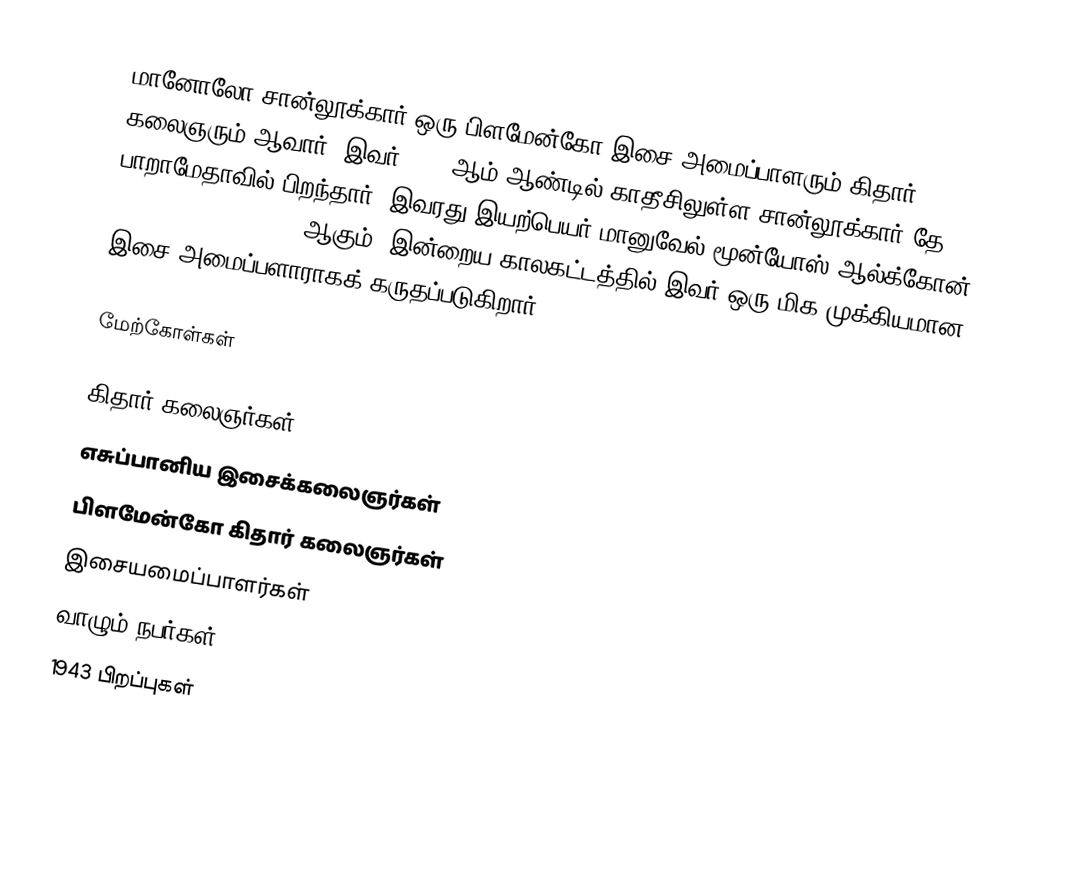
மானோலோ சான்லூக்கார் ஒரு பிளமேன்கோ இசை அமைப்பாளரும் கிதார் கலைஞரும் ஆவார். இவர், 1945ஆம் ஆண்டில் காதீசிலுள்ள சான்லூக்கார் தே பாறாமேதாவில் பிறந்தார். இவரது இயற்பெயர் மானுவேல் மூன்யோஸ் ஆல்க்கோன் (Manuel Muñoz Alcón) ஆகும். இன்றைய காலகட்டத்தில் இவர் ஒரு மிக முக்கியமான இசை அமைப்பளாராகக் கருதப்படுகிறார்.

மேற்கோள்கள்

கிதார் கலைஞர்கள்
எசுப்பானிய இசைக்கலைஞர்கள்
பிளமேன்கோ கிதார் கலைஞர்கள்
இசையமைப்பாளர்கள்
வாழும் நபர்கள்
1943 பிறப்புகள்